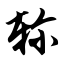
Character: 轸